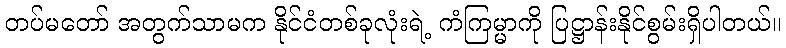
တပ်မတော် အတွက်သာမက နိုင်ငံတစ်ခုလုံးရဲ့ ကံကြမ္မာကို ပြဋ္ဌာန်းနိုင်စွမ်းရှိပါတယ်။